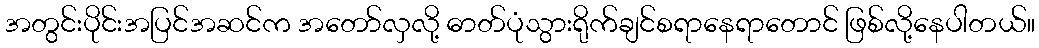
အတွင်းပိုင်းအပြင်အဆင်က အတော်လှလို့ ဓာတ်ပုံသွားရိုက်ချင်စရာနေရာတောင် ဖြစ်လို့နေပါတယ်။